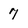
Character: 7